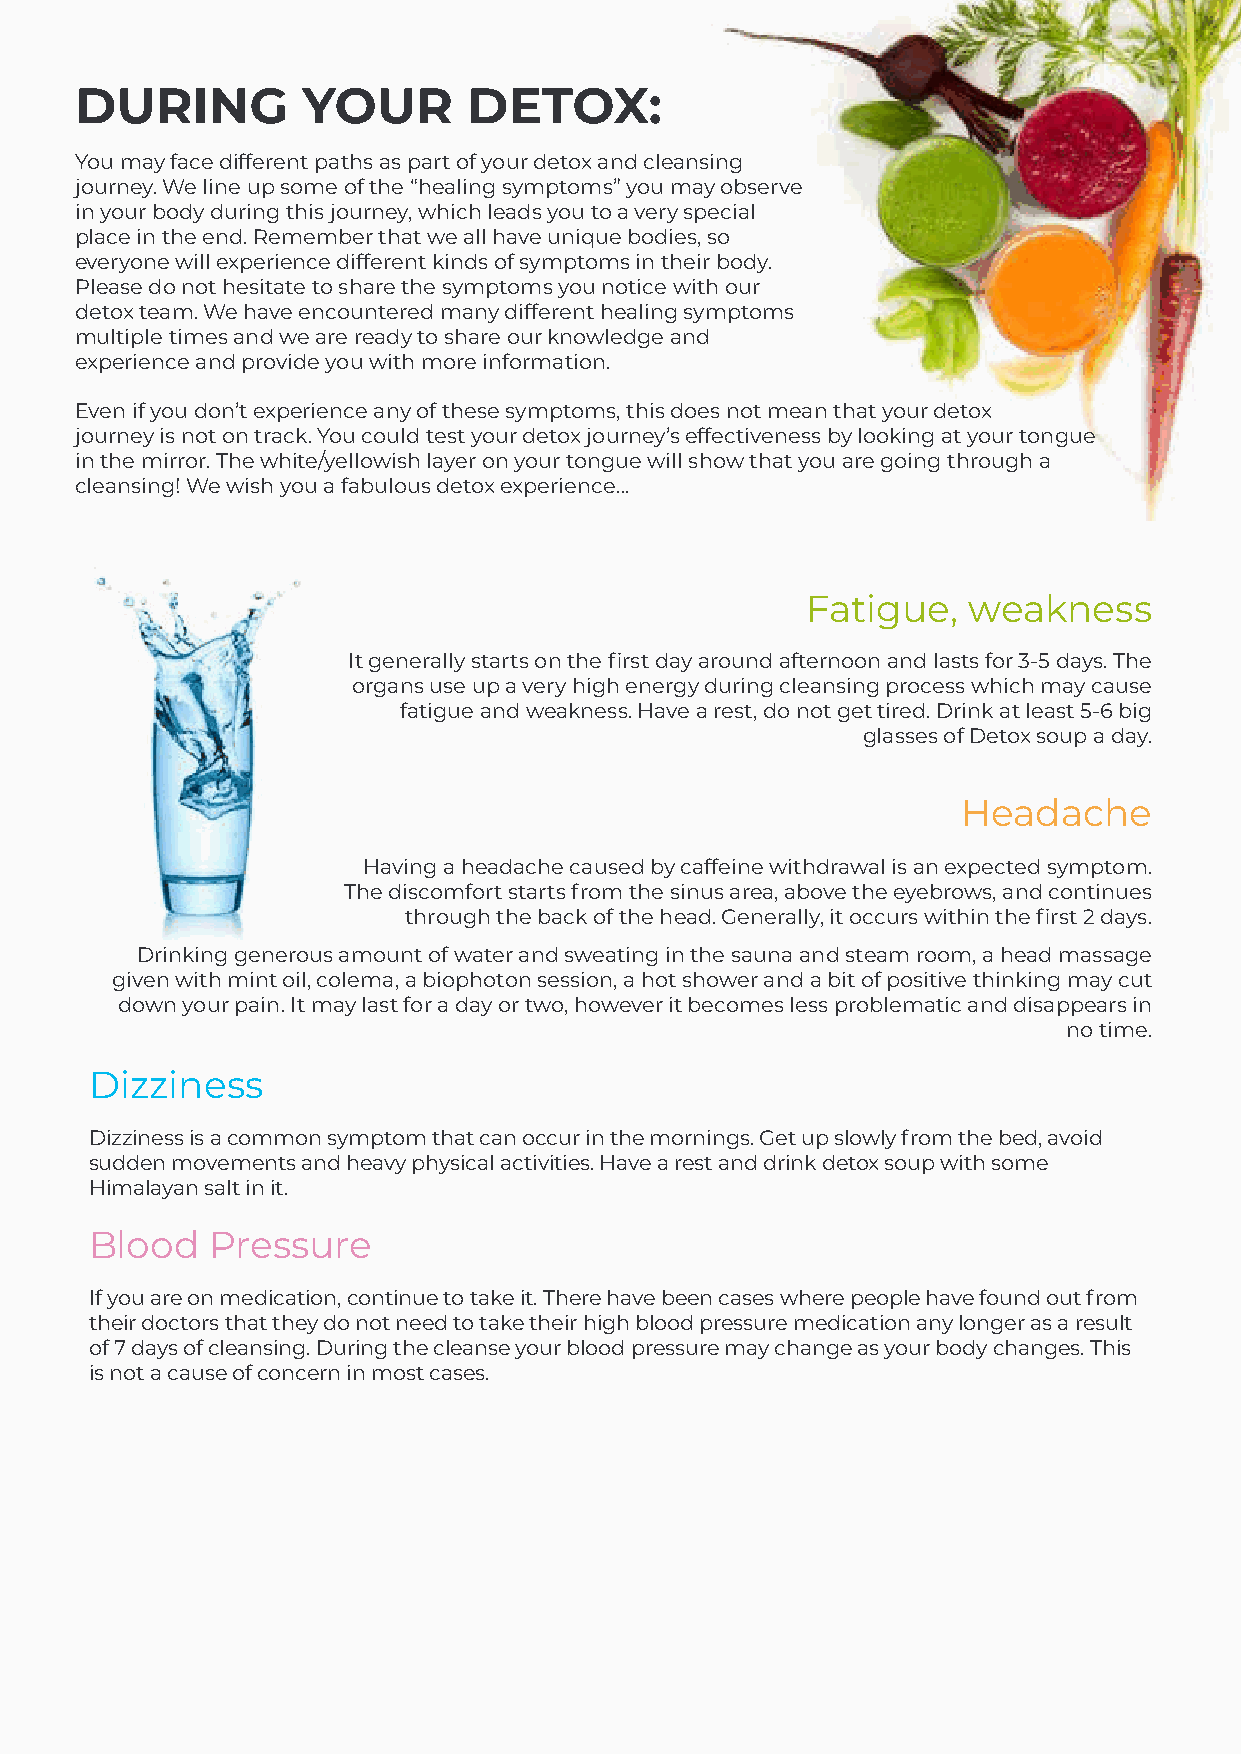
DURING         YOUR       DETOX:
 You may face different paths as part of your detox and cleansing
 journey. We line up some of the “healing symptoms” you may observe
 in your body during this journey, which leads you to a very special
 place in the end. Remember that we all have unique bodies, so
 everyone will experience different kinds of symptoms in their body.
 Please do not hesitate to share the symptoms you notice with our
 detox team. We have encountered many different healing symptoms
 multiple times and we are ready to share our knowledge and
 experience and provide you with more information.
 Even if you don’t experience any of these symptoms, this does not mean that your detox
 journey is not on track. You could test your detox journey’s effectiveness by looking at your tongue
 in the mirror. The white/yellowish layer on your tongue will show that you are going through a
 cleansing! We wish you a fabulous detox experience…
 Fatigue,   weakness
 It generally starts on the first day around afternoon and lasts for 3-5 days. The
 organs use up a very high energy during cleansing process which may cause
 fatigue and weakness. Have a rest, do not get tired. Drink at least 5-6 big
 glasses of Detox soup a day.
 Headache
 Having a headache caused by caffeine withdrawal is an expected symptom.
 The discomfort starts from the sinus area, above the eyebrows, and continues
 through the back of the head. Generally, it occurs within the first 2 days.
 Drinking generous amount of water and sweating in the sauna and steam room, a head massage
 given with mint oil, colema, a biophoton session, a hot shower and a bit of positive thinking may cut
 down your pain. It may last for a day or two, however it becomes less problematic and disappears in
 no time.
 Dizziness
 Dizziness is a common symptom that can occur in the mornings. Get up slowly from the bed, avoid
 sudden movements and heavy physical activities. Have a rest and drink detox soup with some
 Himalayan salt in it.
 Blood   Pressure
 If you are on medication, continue to take it. There have been cases where people have found out from
 their doctors that they do not need to take their high blood pressure medication any longer as a result
 of 7 days of cleansing. During the cleanse your blood pressure may change as your body changes. This
 is not a cause of concern in most cases.